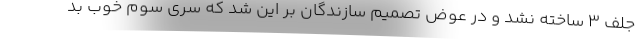
جلف 3 ساخته نشد و در عوض تصمیم سازندگان بر این شد که سری سوم خوب بد